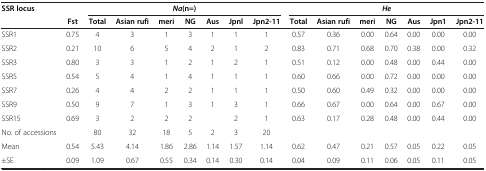
<table><thead><tr><td><b>SSR locus</b></td><td><b> </b></td><td colspan="7"><b><i>Na</i>(n=)</b></td><td colspan="7"><b><i>He</i></b></td></tr><tr><td><b> </b></td><td><b>Fst</b></td><td><b>Total</b></td><td><b>Asian rufi</b></td><td><b>meri</b></td><td><b>NG</b></td><td><b>Aus</b></td><td><b>Jpnl</b></td><td><b>Jpn2-11</b></td><td><b>Total</b></td><td><b>Asian rufi</b></td><td><b>meri</b></td><td><b>NG</b></td><td><b>Aus</b></td><td><b>Jpn1</b></td><td><b>Jpn2-11</b></td></tr></thead><tbody><tr><td>SSR1</td><td>0.75</td><td>4</td><td>3</td><td>1</td><td>3</td><td>1</td><td>1</td><td>1</td><td>0.57</td><td>0.36</td><td>0.00</td><td>0.64</td><td>0.00</td><td>0.00</td><td>0.00</td></tr><tr><td>SSR2</td><td>0.21</td><td>10</td><td>6</td><td>5</td><td>4</td><td>2</td><td>1</td><td>2</td><td>0.83</td><td>0.71</td><td>0.68</td><td>0.70</td><td>0.38</td><td>0.00</td><td>0.32</td></tr><tr><td>SSR3</td><td>0.80</td><td>3</td><td>3</td><td>1</td><td>2</td><td>1</td><td>2</td><td>1</td><td>0.51</td><td>0.12</td><td>0.00</td><td>0.48</td><td>0.00</td><td>0.44</td><td>0.00</td></tr><tr><td>SSR5</td><td>0.54</td><td>5</td><td>4</td><td>1</td><td>4</td><td>1</td><td>1</td><td>1</td><td>0.60</td><td>0.66</td><td>0.00</td><td>0.72</td><td>0.00</td><td>0.00</td><td>0.00</td></tr><tr><td>SSR7</td><td>0.26</td><td>4</td><td>4</td><td>2</td><td>2</td><td>1</td><td>1</td><td>1</td><td>0.50</td><td>0.60</td><td>0.49</td><td>0.32</td><td>0.00</td><td>0.00</td><td>0.00</td></tr><tr><td>SSR9</td><td>0.50</td><td>9</td><td>7</td><td>1</td><td>3</td><td>1</td><td>3</td><td>1</td><td>0.66</td><td>0.67</td><td>0.00</td><td>0.64</td><td>0.00</td><td>0.67</td><td>0.00</td></tr><tr><td>SSR15</td><td>0.69</td><td>3</td><td>2</td><td>2</td><td>2</td><td> </td><td>2</td><td>1</td><td>0.63</td><td>0.17</td><td>0.28</td><td>0.48</td><td>0.00</td><td>0.44</td><td>0.00</td></tr><tr><td>No. of accessions</td><td> </td><td>80</td><td>32</td><td>18</td><td>5</td><td>2</td><td>3</td><td>20</td><td> </td><td> </td><td> </td><td> </td><td> </td><td> </td><td> </td></tr><tr><td>Mean</td><td>0.54</td><td>5.43</td><td>4.14</td><td>1.86</td><td>2.86</td><td>1.14</td><td>1.57</td><td>1.14</td><td>0.62</td><td>0.47</td><td>0.21</td><td>0.57</td><td>0.05</td><td>0.22</td><td>0.05</td></tr><tr><td>±SE</td><td>0.09</td><td>1.09</td><td>0.67</td><td>0.55</td><td>0.34</td><td>0.14</td><td>0.30</td><td>0.14</td><td>0.04</td><td>0.09</td><td>0.11</td><td>0.06</td><td>0.05</td><td>0.11</td><td>0.05</td></tr></tbody></table>